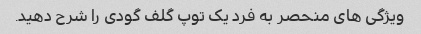
ویژگی های منحصر به فرد یک توپ گلف گودی را شرح دهید.